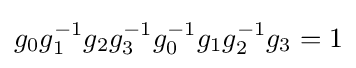
g_{0}g_{1}^{-1}g_{2}g_{3}^{-1}g_{0}^{-1}g_{1}g_{2}^{-1}g_{3}=1